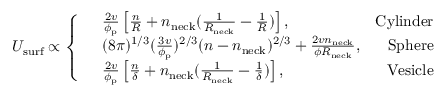
U _ { \mathrm { s u r f } } \propto \left\{ \begin{array} { r l r } & { \frac { 2 v } { \phi _ { \mathrm { p } } } \left[ \frac { n } { R } + n _ { \mathrm { n e c k } } ( \frac { 1 } { R _ { \mathrm { n e c k } } } - \frac { 1 } { R } ) \right] , } & { \mathrm { C y l i n d e r } } \\ & { ( 8 \pi ) ^ { 1 / 3 } ( \frac { 3 v } { \phi _ { \mathrm { p } } } ) ^ { 2 / 3 } ( n - n _ { \mathrm { n e c k } } ) ^ { 2 / 3 } + \frac { 2 v n _ { \mathrm { n e c k } } } { \phi R _ { \mathrm { n e c k } } } , } & { \mathrm { S p h e r e } } \\ & { \frac { 2 v } { \phi _ { \mathrm { p } } } \left[ \frac { n } { \delta } + n _ { \mathrm { n e c k } } ( \frac { 1 } { R _ { \mathrm { n e c k } } } - \frac { 1 } { \delta } ) \right] , } & { \mathrm { V e s i c l e } } \end{array} \right.